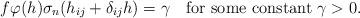
LaTeX: \begin{align*} f \varphi(h)\sigma_n(h_{ij}+\delta_{ij}h)=\gamma\quad\hbox{for some constant}~\gamma>0.\end{align*}